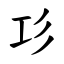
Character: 㣉